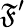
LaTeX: \mathfrak{F}^{\prime}